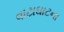
વાટાઘાટના